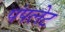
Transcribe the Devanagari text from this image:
पंपलेट